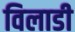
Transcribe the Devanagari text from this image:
विलाडी